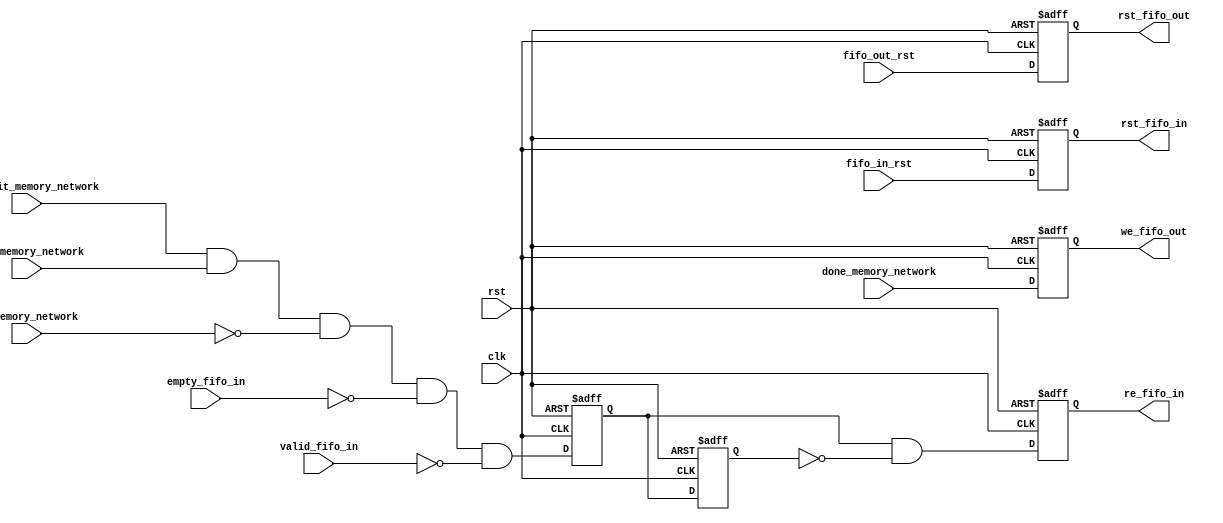
module fifo_io_controller
(
    // input
    clk,
    rst,
    fifo_in_rst,
    fifo_out_rst,
    done_init_memory_network,
    rb_n_memory_network,
    en_memory_network,
    empty_fifo_in,
    valid_fifo_in,
    done_memory_network,
    // output
    rst_fifo_in,
    rst_fifo_out,
    re_fifo_in,
    we_fifo_out
);

////////////////////////////////////////////////////////////
//  parameters
////////////////////////////////////////////////////////////


////////////////////////////////////////////////////////////
// ports
////////////////////////////////////////////////////////////
// input
input wire clk;
input wire rst;
input wire fifo_in_rst;
input wire fifo_out_rst;
input wire done_init_memory_network;
input wire rb_n_memory_network;
input wire en_memory_network;
input wire empty_fifo_in;
input wire valid_fifo_in;
input wire done_memory_network;
// output
output reg rst_fifo_in;
output reg rst_fifo_out; 
output reg re_fifo_in;
output reg we_fifo_out;

////////////////////////////////////////////////////////////
// internals
////////////////////////////////////////////////////////////
wire _reg_re_fifo_in_1;
reg reg_re_fifo_in_1;
reg reg_re_fifo_in_2;

// output
wire _rst_fifo_in;
wire _rst_fifo_out; 
wire _re_fifo_in;
wire _we_fifo_out;

////////////////////////////////////////////////////////////
// combinational logic
////////////////////////////////////////////////////////////
assign _rst_fifo_in = fifo_in_rst;
assign _rst_fifo_out = fifo_out_rst;

assign _reg_re_fifo_in_1 = done_init_memory_network&&rb_n_memory_network&&!en_memory_network&&!empty_fifo_in&&!valid_fifo_in;
assign _re_fifo_in = reg_re_fifo_in_1&&!reg_re_fifo_in_2;
//assign re_fifo_in = _re_fifo_in;    // output reg exception

assign _we_fifo_out = done_memory_network;


////////////////////////////////////////////////////////////
// sequential logic
////////////////////////////////////////////////////////////

always@(posedge clk or posedge rst)
begin
    if(rst==1'b1)
        rst_fifo_in <= 1'b0;
    else
        rst_fifo_in <= _rst_fifo_in;
end

always@(posedge clk or posedge rst)
begin
    if(rst==1'b1)
        rst_fifo_out <= 1'b0;
    else
        rst_fifo_out <= _rst_fifo_out;
end

always@(posedge clk or posedge rst)
begin
    if(rst==1'b1)
        reg_re_fifo_in_1 <= 1'b0;
    else
        reg_re_fifo_in_1 <= _reg_re_fifo_in_1;
end

always@(posedge clk or posedge rst)
begin
    if(rst==1'b1)
        reg_re_fifo_in_2 <= 1'b0;
    else
        reg_re_fifo_in_2 <= reg_re_fifo_in_1;
end

always@(posedge clk or posedge rst)
begin
    if(rst==1'b1)
        re_fifo_in <= 1'b0;
    else
        re_fifo_in <= _re_fifo_in;
end

always@(posedge clk or posedge rst)
begin
    if(rst==1'b1)
        we_fifo_out <= 1'b0;
    else
        we_fifo_out <= _we_fifo_out;
end


endmodule